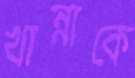
খান্নাকে